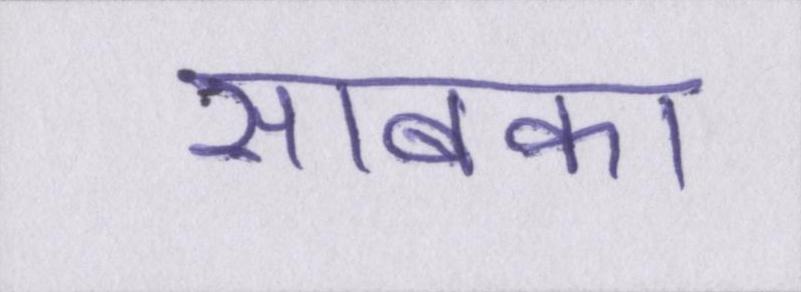
साबका